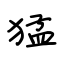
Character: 猛